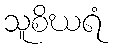
သူစိဃရံ